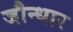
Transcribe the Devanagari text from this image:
जौन्धार